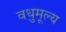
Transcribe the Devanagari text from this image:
वधुमूल्य